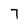
Character: 7